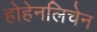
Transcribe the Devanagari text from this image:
होहेनलिचेन